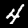
Label: 4